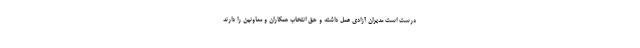
درست است مدیران آزادی عمل داشته و حق انتخاب همکاران و معاونین را دارند